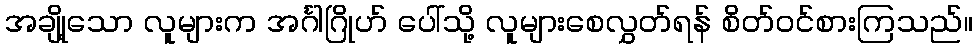
အချို့သော လူများက အင်္ဂါဂြိုဟ် ပေါ်သို့ လူများစေလွှတ်ရန် စိတ်ဝင်စားကြသည်။